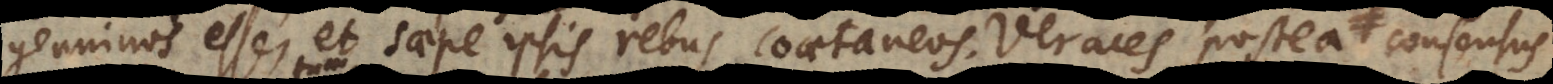
genuinos esse, et saepe ipsis rebus coaetaneos. Veraces postea, consensus